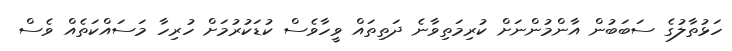
ހަޅުތާލުގެ ސަބަބުން އާންމުންނަށް ކުރިމަތިވާނެ ދަތިތައް ވީހާވެސް ކުޑަކުރުމަށް ހުރިހާ މަސައްކަތެއް ވެސް